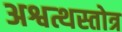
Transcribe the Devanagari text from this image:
अश्वत्थस्तोत्र